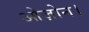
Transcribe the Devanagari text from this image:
ओज़ोन।